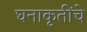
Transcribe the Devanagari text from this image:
घनाकृतींचे